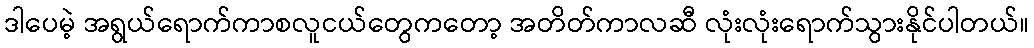
ဒါပေမဲ့ အရွယ်ရောက်ကာစလူငယ်တွေကတော့ အတိတ်ကာလဆီ လုံးလုံးရောက်သွားနိုင်ပါတယ်။